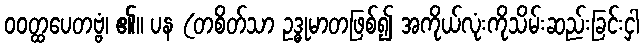
ဝဝတ္ထပေတဗ္ဗံ၊ ၏။ ပန (တစိတ်သာ ဥဒ္ဓုမာတဖြစ်၍ အကိုယ်လုံးကိုသိမ်းဆည်းခြင်းငှါ